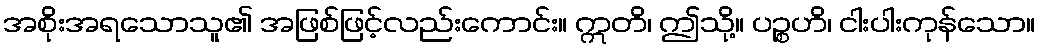
အစိုးအရသောသူ၏ အဖြစ်ဖြင့်လည်းကောင်း။ ဣတိ၊ ဤသို့။ ပဉ္စဟိ၊ ငါးပါးကုန်သော။